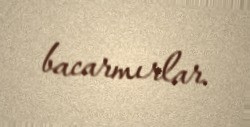
bacarmırlar.